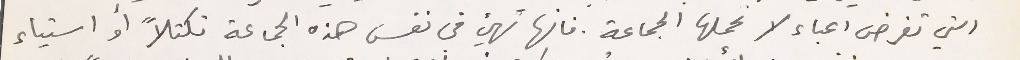
التي تفرض اعباء لا تحملها الجماعة. فانها تهيئ فى نفس هذه الجماعة تكتلاً او استياء